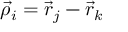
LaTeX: \vec { \rho } _ { i } = \vec { r } _ { j } - \vec { r } _ { k }